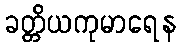
ခတ္တိယကုမာရေန